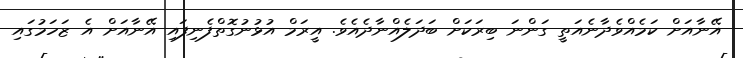
އޭނާއަށް ކަމެއްވެދާނެއަތީ ގަންނަ ބިރަކަށް ބަދަލެއްނާދެއެވެ. އީރަމް އުޅުނުގޮތްފެނިފައި އޭނާއަށް އެ ޒަހަމުގައި